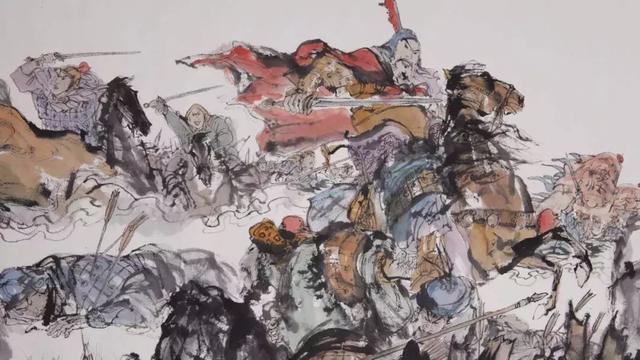
塞垣多少思归客，留着长条赠远游。